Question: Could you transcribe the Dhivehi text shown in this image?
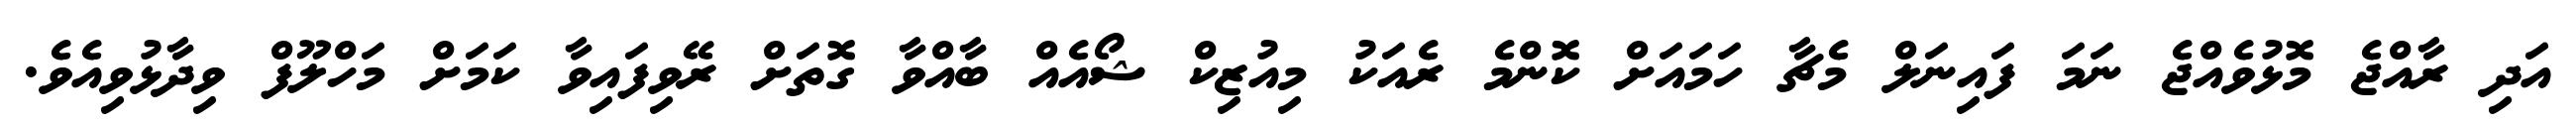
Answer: އަދި ރާއްޖެ މޮޅުވެއްޖެ ނަމަ ފައިނަލް މެޗާ ހަމައަށް ކޮންމެ ރެއަކު މިއުޒިކް ޝޯއެއް ބާއްވާ ގޮތަށް ރޭވިފައިވާ ކަމަށް މަހްލޫފް ވިދާޅުވިއެވެ.